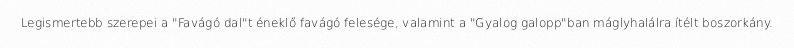
Legismertebb szerepei a "Favágó dal"t éneklő favágó felesége, valamint a "Gyalog galopp"ban máglyhalálra ítélt boszorkány.